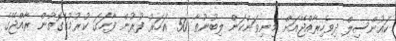
ކައުންސިލް ދިވެހިރާއްޖޭއަށް މިނިވަންކަން ލިބުނުތާ 50 އަހަރު ފުރުން ފާހަގަ ކުރުމުގެގޮތުން ރާއްޖޭގެ